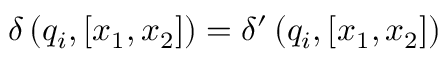
\delta \left( q _ { i } , [ x _ { 1 } , x _ { 2 } ] \right) = \delta ^ { \prime } \left( q _ { i } , [ x _ { 1 } , x _ { 2 } ] \right)